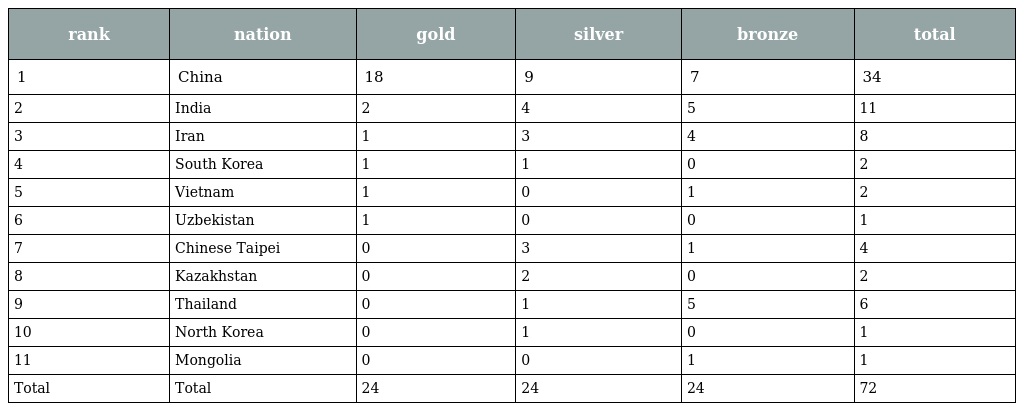
| rank | nation | gold | silver | bronze | total |
 | --- | --- | --- | --- | --- | --- |
 | 1 | China | 18 | 9 | 7 | 34 |
 | 2 | India | 2 | 4 | 5 | 11 |
 | 3 | Iran | 1 | 3 | 4 | 8 |
 | 4 | South Korea | 1 | 1 | 0 | 2 |
 | 5 | Vietnam | 1 | 0 | 1 | 2 |
 | 6 | Uzbekistan | 1 | 0 | 0 | 1 |
 | 7 | Chinese Taipei | 0 | 3 | 1 | 4 |
 | 8 | Kazakhstan | 0 | 2 | 0 | 2 |
 | 9 | Thailand | 0 | 1 | 5 | 6 |
 | 10 | North Korea | 0 | 1 | 0 | 1 |
 | 11 | Mongolia | 0 | 0 | 1 | 1 |
 | Total | Total | 24 | 24 | 24 | 72 |